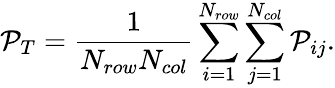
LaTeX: \mathcal{P}_{T}=\frac{1}{N_{row}N_{col}}\sum_{i=1}^{N_{row}}\sum_{j=1}^{N_{col}}\mathcal{P}_{ij}.